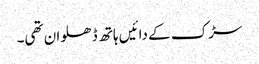
سڑک کے دائیں ہاتھ ڈھلوان تھی۔